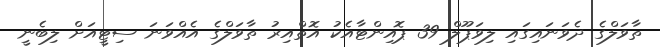
ތާވަލްގެ ދެވަނައިގައި ލިވަޕޫލް 39 ޕޮއިންޓާއެކު އޮތްއިރު ތާވަލްގެ އެއްވަނަ ސިޓީއަށް ލިބެނީ